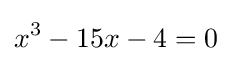
x^{3}-15x-4=0